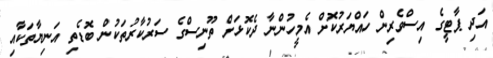
އަދި ޕާޓީގެ އިސްވެރިން ހައްޔަރުކޮށް އެމީހުންނާ ދެކޮޅަށް ތޫނިސްގެ ސަރުކާރުތަކުން ބޮޑެތި އަނިޔާތަކާއި